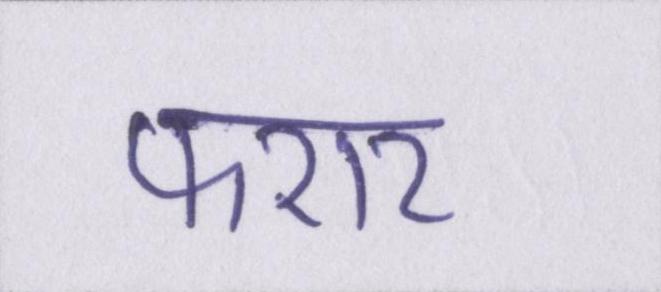
फरार